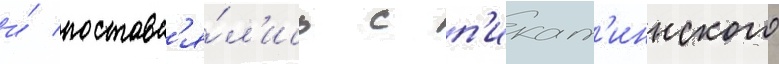
и́ поставл'я́л'ись с п'икат'иннского